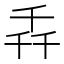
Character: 𫧢